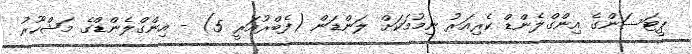
ޕީޓަސަންގެ އިންގްލެންޑް ކެރިއަރު ނިމުމަކަށް ލަންޑަން (ފެބްރުއަރީ 5) - އިންގްލެންޑްގެ މަޝްހޫރު